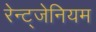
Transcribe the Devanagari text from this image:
रेन्ट्जेनियम